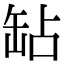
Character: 䍄